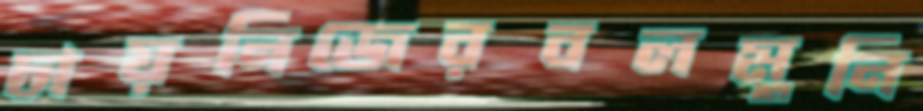
চায়নিজেরবলমুনি